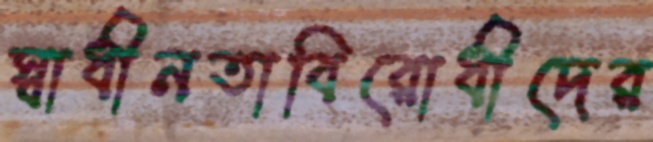
স্বাধীনতাবিরোধীদের